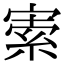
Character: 𡩡